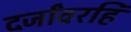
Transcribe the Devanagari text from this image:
दर्जांवरहि